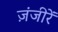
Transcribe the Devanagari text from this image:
ज़ंजीरें